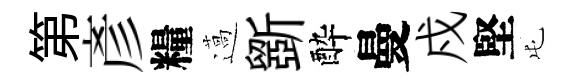
第彥糧薖斵酔曼戍堅屯